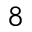
^ 8